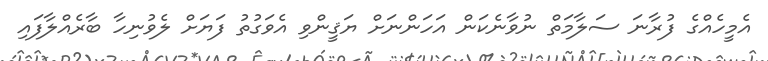
އެމީހެއްގެ ފުރާނަ ސަލާމަތް ނުވާނެކަން އަހަންނަށް ޔަޤީންވި އެވަގުތު ފަޔަށް ލެވުނިހާ ބާރެއްލާފައި